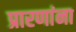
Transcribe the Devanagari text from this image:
प्रारणांना